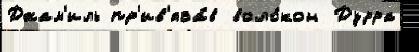
Джам'иль пр'ив'яза́в воло́кон Дурра